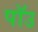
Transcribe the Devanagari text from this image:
पॉउ